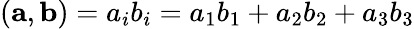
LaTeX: ({\mathbf a},{\mathbf b})=a_{i}b_{i}=a_{1}b_{1}+a_{2}b_{2}+a_{3}b_{3}